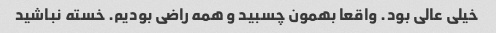
خیلی عالی بود. واقعا بهمون چسبید و همه راضی بودیم. خسته نباشید